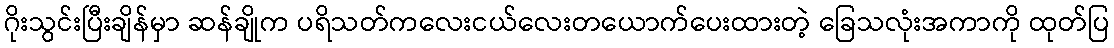
ဂိုးသွင်းပြီးချိန်မှာ ဆန်ချိုက ပရိသတ်ကလေးငယ်လေးတယောက်ပေးထားတဲ့ ခြေသလုံးအကာကို ထုတ်ပြ